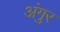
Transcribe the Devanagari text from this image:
अंगुर